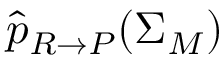
\widehat { p } _ { R \rightarrow P } ( \Sigma _ { M } )